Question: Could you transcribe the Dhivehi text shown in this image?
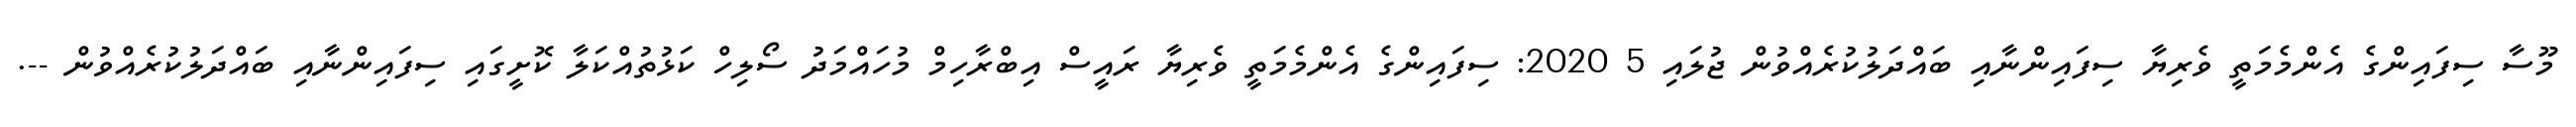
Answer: މޫސާ ސިފައިންގެ އެންމެމަތީ ވެރިޔާ ސިފައިންނާއި ބައްދަލުކުރެއްވުން ޖުލައި 5 2020: ސިފައިންގެ އެންމެމަތީ ވެރިޔާ ރައީސް އިބްރާހިމް މުހައްމަދު ސޯލިހް ކަޅުތުއްކަލާ ކޮށީގައި ސިފައިންނާއި ބައްދަލުކުރެއްވުން --.